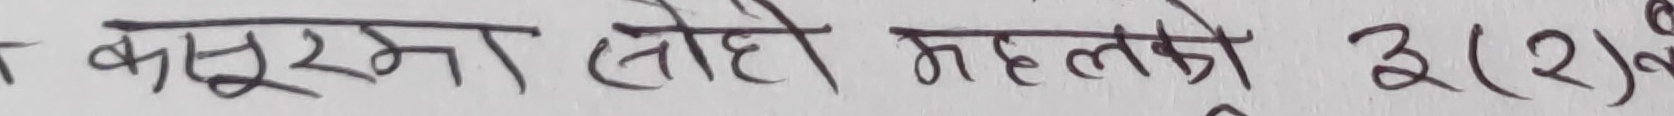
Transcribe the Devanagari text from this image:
कसूरमा तोही महलको इ(२)को